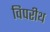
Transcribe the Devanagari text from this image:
विपरीथ